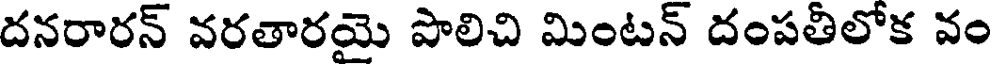
దనరారన్ వరతారయె పొలిచి మింటన్ దంపతిలోక వం